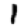
Digit: 1